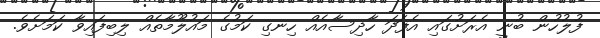
ފުލުހުން ބުނީ އެރަށުގައި އެފަދަ ހާދިސާއެއް ހިނގި ކަމުގެ މައުލޫމާތެއް ލިބިފައިވާ ކަމަށެވެ.